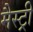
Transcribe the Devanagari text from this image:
मैस्ट्री